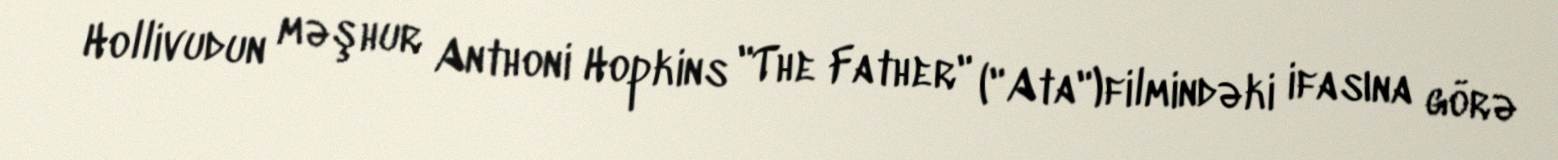
Hollivudun məşhur Anthoni Hopkins "The Father" ("Ata")filmindəki ifasına görə